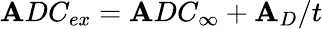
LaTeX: \mathbf{A}DC_{ex}=\mathbf{A}DC_{\infty}+\mathbf{A}_{D}/t